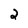
Character: 2